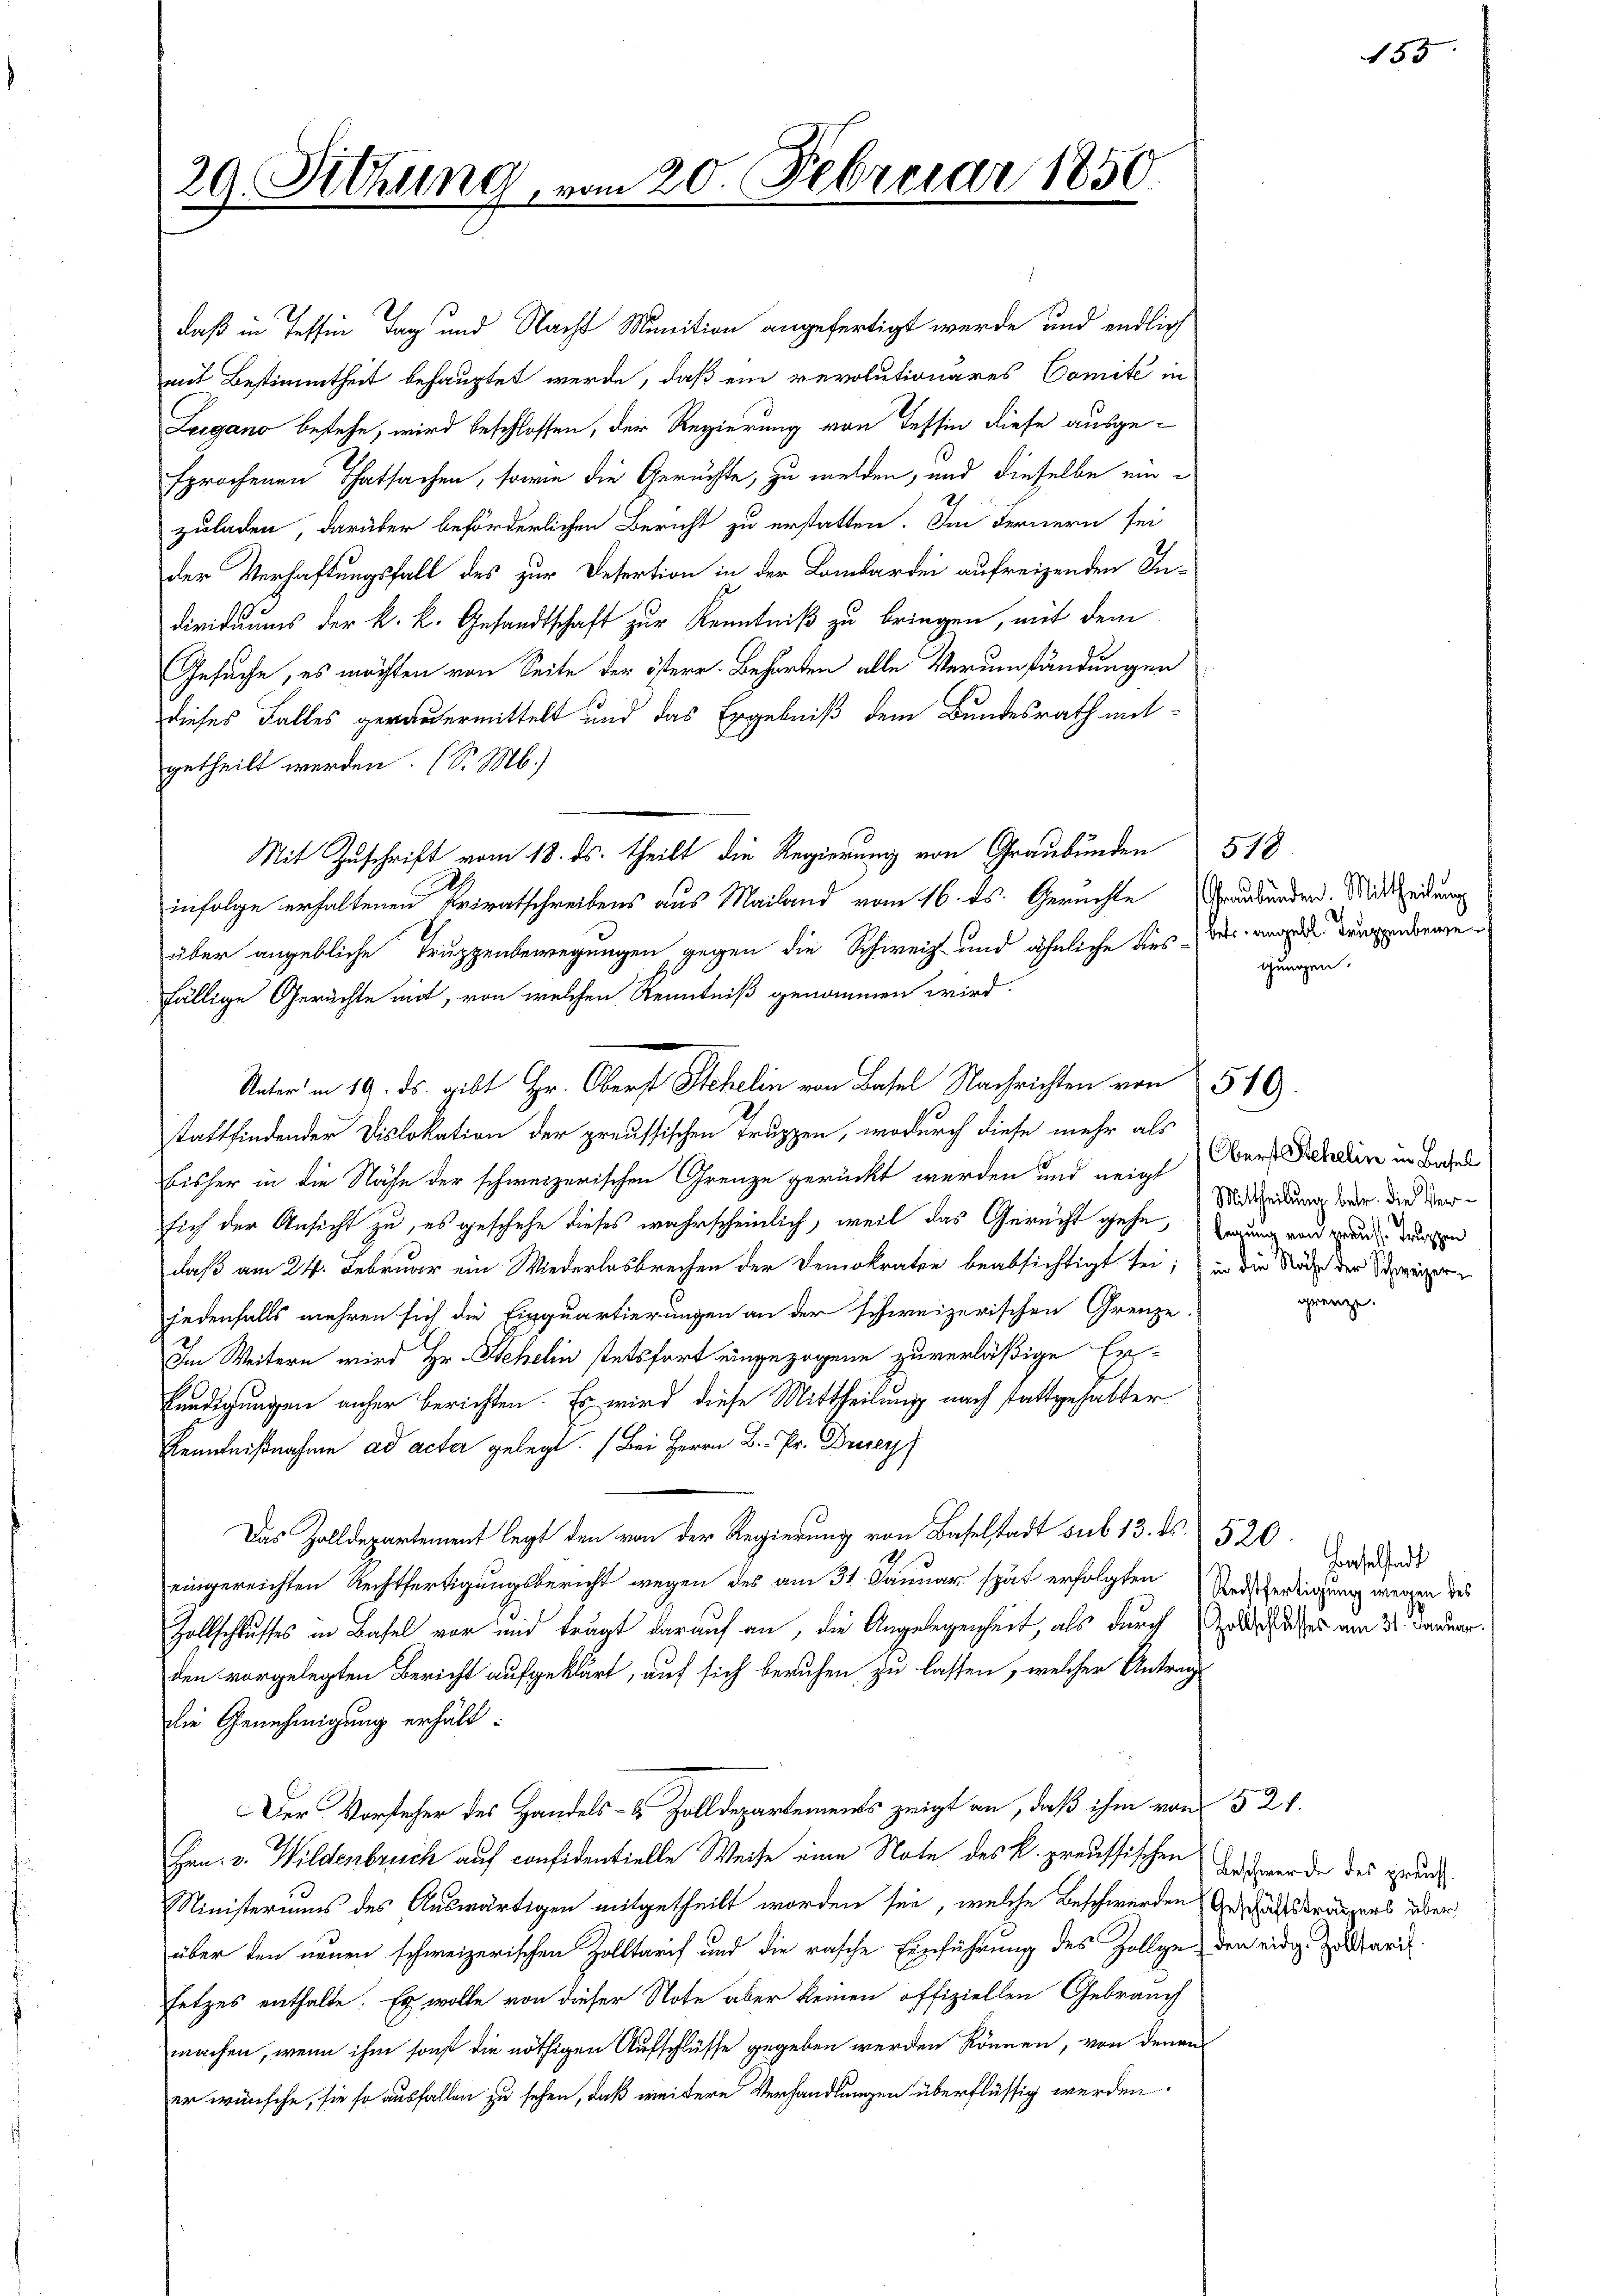
29. Sitzung vom 20. Februar 1850.

daß in Tessin Tag und Nacht Munition angefertigt werde, und endlich
mit Bestimmtheit behauptet werde, daß ein revolutionares Comité in
Lugano bestehe, wird beschlossen, der Regierung von Tessin diese ausgesprochenen Thatsachen, sowie die Gerüchte, zu melden, und dieselbe einzuladen, darüber beförderlichen Bericht zu erstatten. Im Fernern sei
der Verhaftungsfall des zur Desertion in der Lombardei aufreizenden Individuums der k. k. Gesandtschaft zur Kenntniß zu bringen, mit dem
Gesuche, es möchten von Seite der österr. Behörden alle Verumständungen
dieses Falles gewandermittelt und das Ergebniß dem Bundesrath mitgetheilt werden. (S. M.)
Mit Zuschrift vom 18. ds. theilt die Regierung von Graubünden 518
infolge erhaltenen Privatschreibens aus Mailand vom 16. ds. Geruchte Graubünden. Mittheidung
über angebliche Truppenbewegungen gegen die Schweiz und ähnliche dies des angende Tugenbergefällige Gerüchte mit, von welchen Kenntniß genommen wird.
stattfindender Dislokation der preussischen Truppen, wodurch diese mehr als
bisher in die Nähe der schweizerischen Grenze gerückt werden und neigt er, Schaden in Basel
sich der Ansicht zu, es geschehe dieses wahrscheinlich, weil das Gerecht gehe, warung und wurde durchen
daß am 24. Februar ein Wiederlasbrechen der Demokrate beabsichtigt sei; in die Nähe der Schweizer
jedenfalls mehren sich die Einquartierungen an der schweizerischen Grenze
Im Weitern wird Hr. Sehelin stetsfort eingezogene zuverläßige Er-
kündigungen anher berichten. Es wird diese Mittheilung nach stattgehabter
Kenntnißnahme ad acter gelegt. (Bei Herrn B. Pr. Drusey
Das Zolldepartement legt den von der Regierung von Baselstadt sub 13. ds.
eingereichten Rechtfertigungsbericht wegen des am 31. Januar spät erfolgten Ausfertigung wegen des
Zollschlusses in Basel vor und trägt darauf an, die Angelegenheit, als durch dasses am 31. Januar.
den vorgelegten Bericht aufgeklärt, auf sich beruhen zu lassen, welcher Antrag
die Genehmigung erhält.
Der Vorsteher des Handels- & Zolldepartements zeigt an, daß ihm von 521.
Hrn. v. Wildenbruch auf confidentielle Weise eine Note des k. preussischen Antwerde des grund¬
Ministeriums des Auswärtigen mitgetheilt worden sei, welche Beschwerden Geschäftsträgers über
über den neuen schweizerischen Zolltarif und die rasche Einführung des Zollge- den eidg. Zu Maril
setzes enthalte. Es wolle von dieser Note aber keinen offiziellen Gebrauch
machen, wenn ihm sonst die nöthigen Aufschlüsse gegeben werden können, von denen
er wünsche, sie so ausfallen zu sehen, daß weitere Verhandlungen überflüssig werden.

Unter in 19. ds. gibt Hr. Oberst Stehelin von Basel Nachrichten von 549.

gungen.

Mittheilung betr. die Ver¬

grenze.

520.
Baselstadt

155